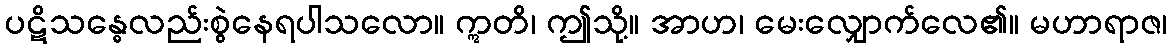
ပဋိသန္ဓေလည်းစွဲနေရပါသလော။ ဣတိ၊ ဤသို့။ အာဟ၊ မေးလျှောက်လေ၏။ မဟာရာဇ၊